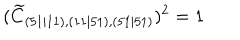
LaTeX: ( \widetilde { C } _ { ( 5 1 \mid 1 1 ) , ( 1 1 \mid 5 1 ) , ( 5 1 \mid 5 1 ) } ) ^ { 2 } = 1